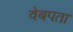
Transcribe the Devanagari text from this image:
वेबपता